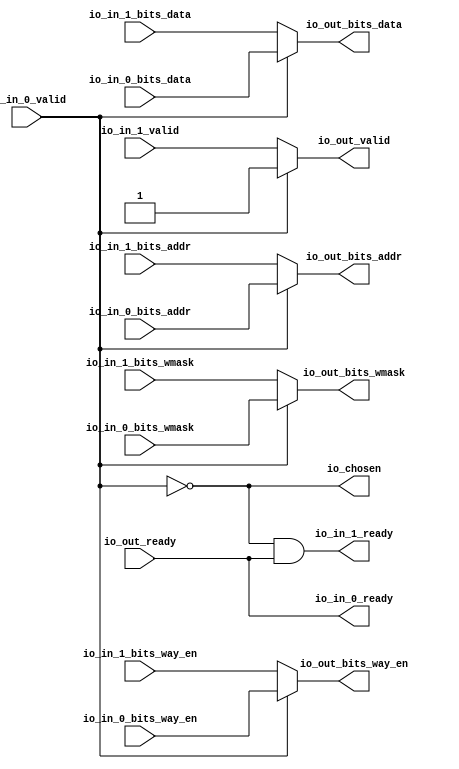
// This program was cloned from: https://github.com/NYU-MLDA/OpenABC
// License: BSD 3-Clause "New" or "Revised" License

module Arbiter_3
(
  io_in_1_ready,
  io_in_1_valid,
  io_in_1_bits_way_en,
  io_in_1_bits_addr,
  io_in_1_bits_wmask,
  io_in_1_bits_data,
  io_in_0_ready,
  io_in_0_valid,
  io_in_0_bits_way_en,
  io_in_0_bits_addr,
  io_in_0_bits_wmask,
  io_in_0_bits_data,
  io_out_ready,
  io_out_valid,
  io_out_bits_way_en,
  io_out_bits_addr,
  io_out_bits_wmask,
  io_out_bits_data,
  io_chosen
);

  input [3:0] io_in_1_bits_way_en;
  input [11:0] io_in_1_bits_addr;
  input [1:0] io_in_1_bits_wmask;
  input [127:0] io_in_1_bits_data;
  input [3:0] io_in_0_bits_way_en;
  input [11:0] io_in_0_bits_addr;
  input [1:0] io_in_0_bits_wmask;
  input [127:0] io_in_0_bits_data;
  output [3:0] io_out_bits_way_en;
  output [11:0] io_out_bits_addr;
  output [1:0] io_out_bits_wmask;
  output [127:0] io_out_bits_data;
  input io_in_1_valid;
  input io_in_0_valid;
  input io_out_ready;
  output io_in_1_ready;
  output io_in_0_ready;
  output io_out_valid;
  output io_chosen;
  wire [3:0] io_out_bits_way_en;
  wire [11:0] io_out_bits_addr;
  wire [1:0] io_out_bits_wmask;
  wire [127:0] io_out_bits_data;
  wire io_in_1_ready,io_in_0_ready,io_out_valid,io_chosen,N0,N1,io_out_ready,T7;
  assign io_in_0_ready = io_out_ready;
  assign io_chosen = ~io_in_0_valid;
  assign io_out_bits_data = (N0)? io_in_1_bits_data : 
                            (N1)? io_in_0_bits_data : 1'b0;
  assign N0 = io_chosen;
  assign N1 = io_in_0_valid;
  assign io_out_bits_wmask = (N0)? io_in_1_bits_wmask : 
                             (N1)? io_in_0_bits_wmask : 1'b0;
  assign io_out_bits_addr = (N0)? io_in_1_bits_addr : 
                            (N1)? io_in_0_bits_addr : 1'b0;
  assign io_out_bits_way_en = (N0)? io_in_1_bits_way_en : 
                              (N1)? io_in_0_bits_way_en : 1'b0;
  assign io_out_valid = (N0)? io_in_1_valid : 
                        (N1)? io_in_0_valid : 1'b0;
  assign io_in_1_ready = T7 & io_out_ready;
  assign T7 = ~io_in_0_valid;

endmodule